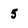
Character: 5